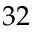
3 2